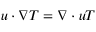
\boldsymbol { u } \cdot \nabla T = \nabla \cdot \boldsymbol { u } T